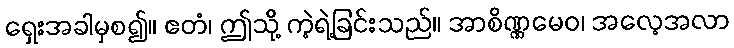
ရှေးအခါမှစ၍။ ဧတံ၊ ဤသို့ ကဲ့ရဲ့ခြင်းသည်။ အာစိဏ္ဏမေဝ၊ အလေ့အလာ